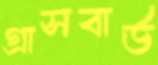
গ্রাসবার্ড